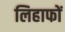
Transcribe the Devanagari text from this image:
लिहाफों